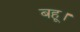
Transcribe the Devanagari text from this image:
बहू।